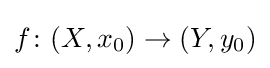
{\textstyle f\colon (X,x_{0})\to (Y,y_{0})}